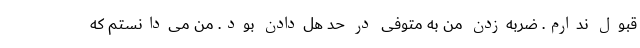
قبول ندارم. ضربه‌زدن من به متوفی در حد هل‌دادن بود. من می‌دانستم که